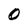
Character: 0